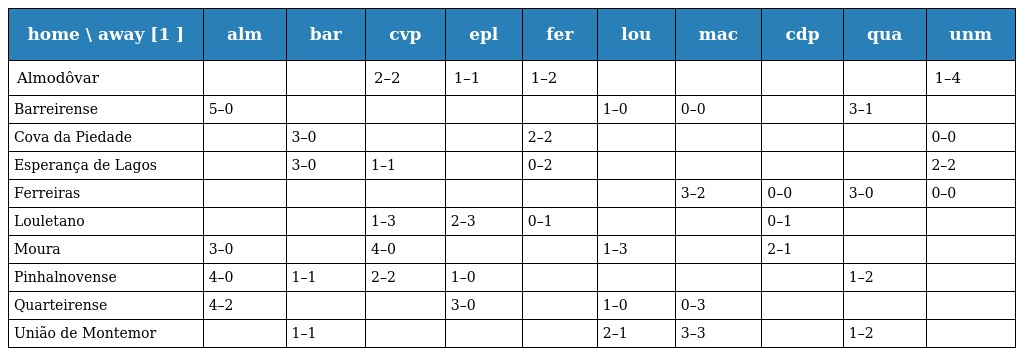
| home \ away [1 ] | alm | bar | cvp | epl | fer | lou | mac | cdp | qua | unm |
 | --- | --- | --- | --- | --- | --- | --- | --- | --- | --- | --- |
 | Almodôvar |  |  | 2–2 | 1–1 | 1–2 |  |  |  |  | 1–4 |
 | Barreirense | 5–0 |  |  |  |  | 1–0 | 0–0 |  | 3–1 |  |
 | Cova da Piedade |  | 3–0 |  |  | 2–2 |  |  |  |  | 0–0 |
 | Esperança de Lagos |  | 3–0 | 1–1 |  | 0–2 |  |  |  |  | 2–2 |
 | Ferreiras |  |  |  |  |  |  | 3–2 | 0–0 | 3–0 | 0–0 |
 | Louletano |  |  | 1–3 | 2–3 | 0–1 |  |  | 0–1 |  |  |
 | Moura | 3–0 |  | 4–0 |  |  | 1–3 |  | 2–1 |  |  |
 | Pinhalnovense | 4–0 | 1–1 | 2–2 | 1–0 |  |  |  |  | 1–2 |  |
 | Quarteirense | 4–2 |  |  | 3–0 |  | 1–0 | 0–3 |  |  |  |
 | União de Montemor |  | 1–1 |  |  |  | 2–1 | 3–3 |  | 1–2 |  |